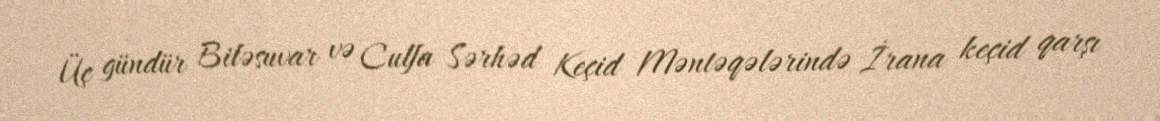
Üç gündür Biləsuvar və Culfa Sərhəd Keçid Məntəqələrində İrana keçid qarşı